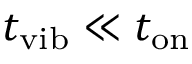
t _ { \mathrm { v i b } } \ll t _ { \mathrm { o n } }